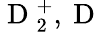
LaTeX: \mathrm{~D~}_{2}^{+},\mathrm{~D~}